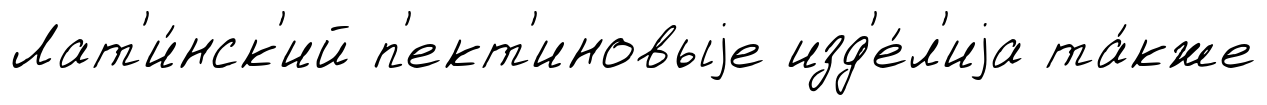
Лат'и́нск'ий п'ект'иновыjе изд'е́л'иjа та́кже